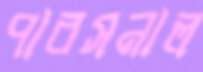
পারসনাল